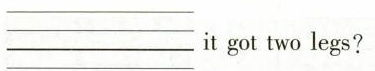
___it got two legs?